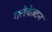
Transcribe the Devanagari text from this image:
गलेवेज़्टन